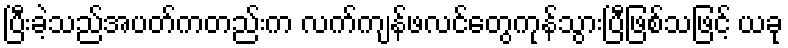
ပြီးခဲ့သည်အပတ်ကတည်းက လက်ကျန်ဖလင်တွေကုန်သွားပြီဖြစ်သဖြင့် ယခု